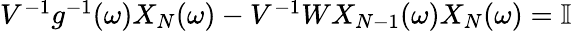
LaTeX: \begin{array}{r}{V^{-1}g^{-1}(\omega)X_{N}(\omega)-V^{-1}WX_{N-1}(\omega)X_{N}(\omega)=\mathbb{I}}\end{array}